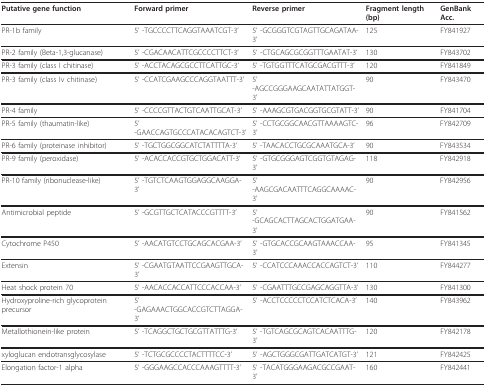
<table><thead><tr><td><b>Putative gene function</b></td><td><b>Forward primer</b></td><td><b>Reverse primer</b></td><td><b>Fragment length (bp)</b></td><td><b>GenBank Acc.</b></td></tr></thead><tbody><tr><td>PR-1b family</td><td>5&#x27; -TGCCCCTTCAGGTAAATCGT-3&#x27;</td><td>5&#x27; -GCGGGTCGTAGTTGCAGATAA-3&#x27;</td><td>125</td><td>FY841927</td></tr><tr><td>PR-2 family (Beta-1,3-glucanase)</td><td>5&#x27; -CGACAACATTCGCCCCTTCT-3&#x27;</td><td>5&#x27; -CTGCAGCGCGGTTTGAATAT-3&#x27;</td><td>130</td><td>FY843702</td></tr><tr><td>PR-3 family (class I chitinase)</td><td>5&#x27; -ACCTACAGCGCCTTCATTGC-3&#x27;</td><td>5&#x27; -TGTGGTTTCATGCGACGTTT-3&#x27;</td><td>120</td><td>FY841849</td></tr><tr><td>PR-3 family (class Iv chitinase)</td><td>5&#x27; -CCATCGAAGCCCAGGTAATTT-3&#x27;</td><td>5&#x27; -AGCCGGGAAGCAATATTATGGT-3&#x27;</td><td>90</td><td>FY843470</td></tr><tr><td>PR-4 family</td><td>5&#x27; -CCCCGTTACTGTCAATTGCAT-3&#x27;</td><td>5&#x27; -AAAGCGTGACGGTGCGTATT-3&#x27;</td><td>90</td><td>FY841704</td></tr><tr><td>PR-5 family (thaumatin-like)</td><td>5&#x27; -GAACCAGTGCCCATACACAGTCT-3&#x27;</td><td>5&#x27; -CCTGCGGCAACGTTAAAAGTC-3&#x27;</td><td>96</td><td>FY842709</td></tr><tr><td>PR-6 family (proteinase inhibitor)</td><td>5&#x27; -TGCTGGCGGCATCTATTTTA-3&#x27;</td><td>5&#x27; -TAACACCTGCGCAAATGCA-3&#x27;</td><td>90</td><td>FY843534</td></tr><tr><td>PR-9 family (peroxidase)</td><td>5&#x27; -ACACCACCGTGCTGGACATT-3&#x27;</td><td>5&#x27; -GTGCGGGAGTCGGTGTAGAG-3&#x27;</td><td>118</td><td>FY842918</td></tr><tr><td>PR-10 family (ribonuclease-like)</td><td>5&#x27; -TGTCTCAAGTGGAGGCAAGGA-3&#x27;</td><td>5&#x27; -AAGCGACAATTTCAGGCAAAAC-3&#x27;</td><td>90</td><td>FY842956</td></tr><tr><td>Antimicrobial peptide</td><td>5&#x27; -GCGTTGCTCATACCCGTTTT-3&#x27;</td><td>5&#x27; -GCAGCACTTAGCACTGGATGAA-3&#x27;</td><td>90</td><td>FY841562</td></tr><tr><td>Cytochrome P450</td><td>5&#x27; -AACATGTCCTGCAGCACGAA-3&#x27;</td><td>5&#x27; -GTGCACCGCAAGTAAACCAA-3&#x27;</td><td>95</td><td>FY841345</td></tr><tr><td>Extensin</td><td>5&#x27; -CGAATGTAATTCCGAAGTTGCA-3&#x27;</td><td>5&#x27; -CCATCCCAAACCACCAGTCT-3&#x27;</td><td>110</td><td>FY844277</td></tr><tr><td>Heat shock protein 70</td><td>5&#x27; -AACACCACCATTCCCACCAA-3&#x27;</td><td>5&#x27; -CGAATTTGCCGAGCAGGTTA-3&#x27;</td><td>130</td><td>FY841300</td></tr><tr><td>Hydroxyproline-rich glycoprotein precursor</td><td>5&#x27; -GAGAAACTGGCACCGTCTTAGGA-3&#x27;</td><td>5&#x27; -ACCTCCCCCTCCATCTCACA-3&#x27;</td><td>140</td><td>FY843962</td></tr><tr><td>Metallothionein-like protein</td><td>5&#x27; -TCAGGCTGCTGCGTTATTTG-3&#x27;</td><td>5&#x27; -TGTCAGCGCAGTCACAATTTG-3&#x27;</td><td>120</td><td>FY842178</td></tr><tr><td>xyloglucan endotransglycosylase</td><td>5&#x27; -TCTGCGCCCCTACTTTTCC-3&#x27;</td><td>5&#x27; -AGCTGGGCGATTGATCATGT-3&#x27;</td><td>121</td><td>FY842425</td></tr><tr><td>Elongation factor-1 alpha</td><td>5&#x27; -GGGAAGCCACCCAAAGTTTT-3&#x27;</td><td>5&#x27; -TACATGGGAAGACGCCGAAT-3&#x27;</td><td>160</td><td>FY842441</td></tr></tbody></table>